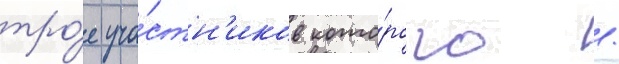
тро́е уча́стн'иков кото́рого /